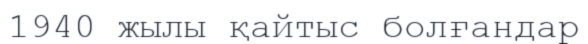
1940 жылы қайтыс болғандар